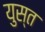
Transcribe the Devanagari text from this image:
युस्त